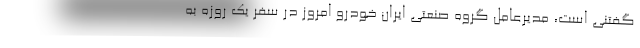
گفتنی است،‌ مدیرعامل گروه صنعتی ایران خودرو امروز در سفر یک روزه به